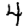
Digit: 4